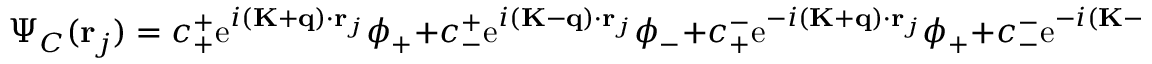
\Psi _ { C } ( \mathbf { r } _ { j } ) = c _ { + } ^ { + } \mathrm { e } ^ { i ( \mathbf { K } + \mathbf { q } ) \cdot \mathbf { r } _ { j } } \phi _ { + } + c _ { - } ^ { + } \mathrm { e } ^ { i ( \mathbf { K } - \mathbf { q } ) \cdot \mathbf { r } _ { j } } \phi _ { - } + c _ { + } ^ { - } \mathrm { e } ^ { - i ( \mathbf { K } + \mathbf { q } ) \cdot \mathbf { r } _ { j } } \phi _ { + } + c _ { - } ^ { - } \mathrm { e } ^ { - i ( \mathbf { K } - \mathbf { q } ) \cdot \mathbf { r } _ { j } } \phi _ { - } .